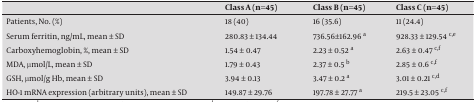
<table><thead><tr><td></td><td><b>Class A (n=45)</b></td><td><b>Class B (n=45)</b></td><td><b>Class C (n=45)</b></td></tr></thead><tbody><tr><td>Patients, No.(%)</td><td>18/45 (40)</td><td>16/45 (35.6)</td><td>11/45 (24.4)</td></tr><tr><td>Serum ferritin, ng/mL, mean ± SD</td><td>280.83±134.44</td><td>736.56±162.96 a</td><td>928.33±129.54 c,e</td></tr><tr><td>Carboxyhemoglobin, %, mean ± SD</td><td>1.54±0.47</td><td>2.23±0.52 a</td><td>2.63±0.47c,f</td></tr><tr><td>MDA, μmol/L, mean ± SD</td><td>1.79±0.43</td><td>2.37±0.5b</td><td>2.85±0.6 c,f</td></tr><tr><td>GSH, μmol/g Hb, mean ± SD</td><td>3.94±0.13</td><td>3.47±0.2 a</td><td>3.01±0.21 c,d</td></tr><tr><td>HO-1 mRNA expression, arbitrary units, mean ± SD</td><td>149.87±29.76</td><td>197.78±27.77a</td><td>219.5±23.05c,f</td></tr></tbody></table>